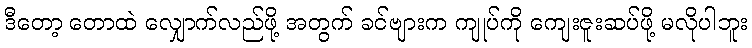
ဒီတော့ တောထဲ လျှောက်လည်ဖို့ အတွက် ခင်ဗျားက ကျုပ်ကို ကျေးဇူးဆပ်ဖို့ မလိုပါဘူး